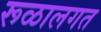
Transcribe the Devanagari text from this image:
रूळालगत